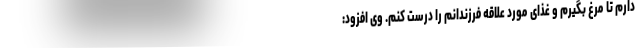
دارم تا مرغ بگیرم و غذای مورد علاقه فرزندانم را درست کنم. وی افزود: